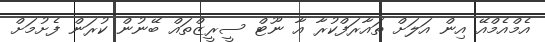
އެމްއެމްއޭ އިން އަލަށް ތައާރަފްކުރާ އާ ނޫޓް ސީރީޒްތައް ބޭނުން ކުރަން ފެށުމަށް